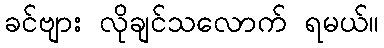
ခင်ဗျား လိုချင်သလောက် ရမယ်။